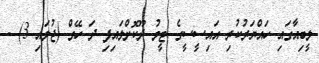
ލީބިއާގައި ހައްޔަރުކުރި އައިސީސީގެ ޓީމު ދޫކޮށްލައިފި ދަ ހޭގް (ޖުލައި 3) -